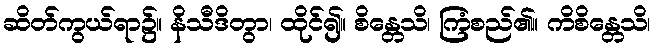
ဆိတ်ကွယ်ရာ၌။ နိသီဒိတွာ၊ ထိုင်၍။ စိန္တေသိ၊ ကြံစည်၏။ ကိစိန္တေသိ၊